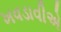
ખવડાવીએ